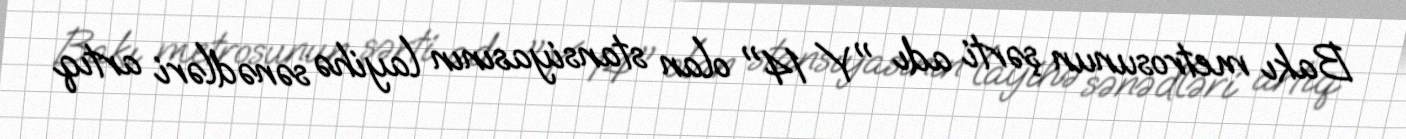
Bakı metrosunun şərti adı "Y 14" olan stansiyasının layihə sənədləri artıq